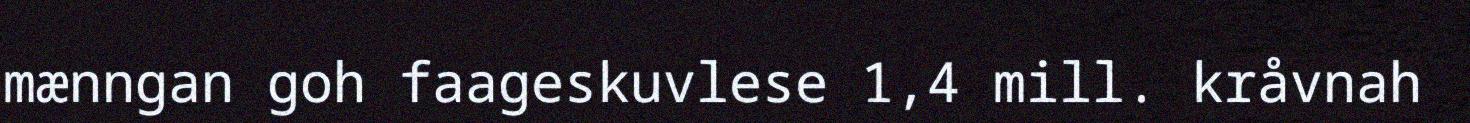
mænngan goh faageskuvlese 1,4 mill. kråvnah